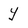
Character: y